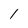
Character: l